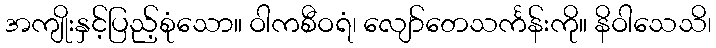
အကျိုးနှင့်ပြည့်စုံသော။ ဝါကစီဝရံ၊ လျော်တေသင်္ကန်းကို။ နိဝါသေသိ၊